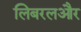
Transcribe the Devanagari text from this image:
लिबरलऔर